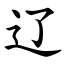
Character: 辽